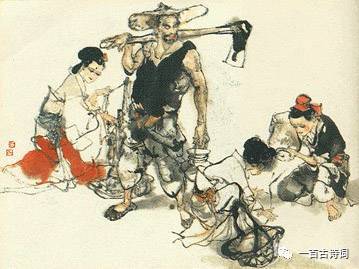
昼出耘田夜绩麻，村庄儿女各当家。